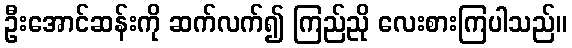
ဦးအောင်ဆန်းကို ဆက်လက်၍ ကြည်ညို လေးစားကြပါသည်။